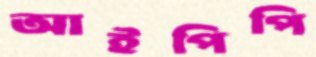
আইপিপি